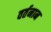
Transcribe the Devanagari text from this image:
वर्तनान